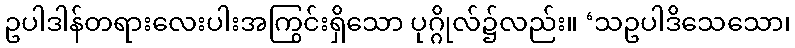
ဥပါဒါန်တရားလေးပါးအကြွင်းရှိသော ပုဂ္ဂိုလ်၌လည်း။ ‘သဥပါဒိသေသော၊